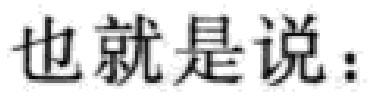
也就是说：